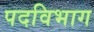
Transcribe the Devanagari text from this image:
पदविभाग